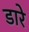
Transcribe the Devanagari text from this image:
डारे